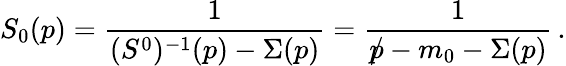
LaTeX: S_{0}(p)=\frac{1}{(S^{0})^{-1}(p)-\Sigma(p)}=\frac{1}{\rlap/p-m_{0}-\Sigma(p)}\, .